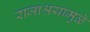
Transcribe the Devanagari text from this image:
राजाश्रयामुळे